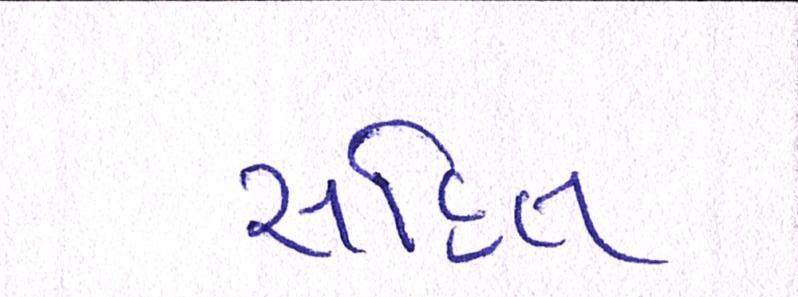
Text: સહિત